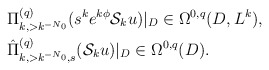
\begin{align*} &\Pi^{(q)}_{k,> k^{-N_0}}(s^ke^{k\phi}\mathcal{S}_ku)|_D\in\Omega^{0,q}(D,L^k),\\&\hat\Pi^{(q)}_{k,> k^{-N_0},s}(\mathcal{S}_ku)|_D\in\Omega^{0,q}(D).\end{align*}